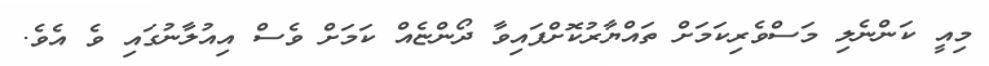
މިއީ ކަންނެލި މަސްވެރިކަމަށް ތައްޔާރުކޮށްފައިވާ ދޯންޏެއް ކަމަށް ވެސް އިއުލާނުގައި ވެ އެވެ.